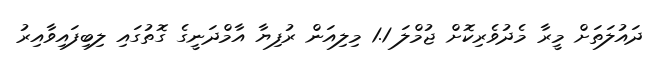
ދައުލަތަށް މީރާ މެދުވެރިކޮށް ޖުމްލަ 1.1 މިލިއަން ރުފިޔާ އާމްދަނީގެ ގޮތުގައި ލިބިފައިވާއިރު